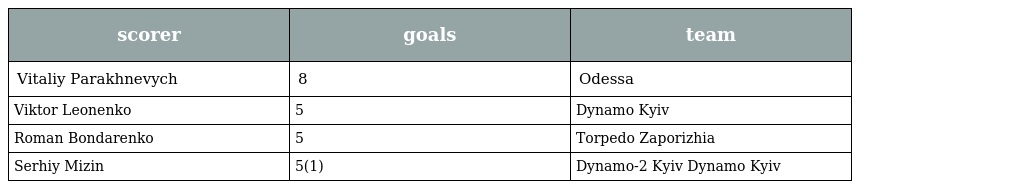
| scorer | goals | team |
 | --- | --- | --- |
 | Vitaliy Parakhnevych | 8 | Odessa |
 | Viktor Leonenko | 5 | Dynamo Kyiv |
 | Roman Bondarenko | 5 | Torpedo Zaporizhia |
 | Serhiy Mizin | 5(1) | Dynamo-2 Kyiv Dynamo Kyiv |